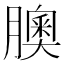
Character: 䐿